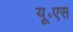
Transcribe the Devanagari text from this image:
यू॰एस